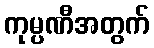
ကုမ္ပဏီအတွက်